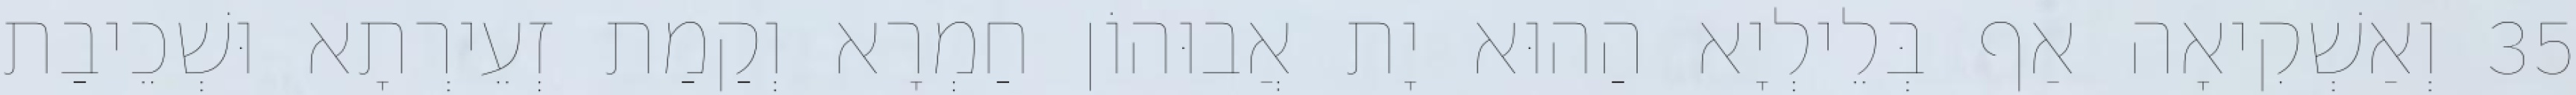
35 וְאַשְׁקִיאָה אַף בְּלֵילְיָא הַהוּא יָת אֲבוּהוֹן חַמְרָא וְקַמַת זְעֵירְתָא וּשְׁכֵיבַת